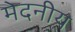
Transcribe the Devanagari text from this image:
मेदनीय